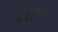
ઢરાધરા